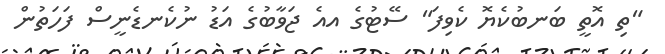
"ތި އޮތީ ބަނބުކެޔޮ ކެވިފަ" ސޭޓުގެ އއެ ޖަވާބުގެ އަޑު ނުކެނޑެނީސް ފަހަތުން